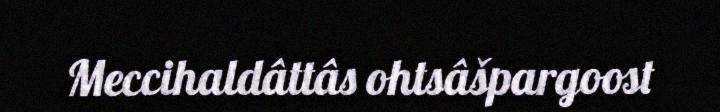
Meccihaldâttâs ohtsâšpargoost